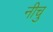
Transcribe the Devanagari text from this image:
नीचु